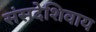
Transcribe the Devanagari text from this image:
संसदेशिवाय